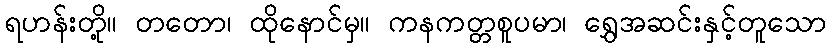
ရဟန်းတို့။ တတော၊ ထိုနောင်မှ။ ကနကတ္တစူပမာ၊ ရွှေအဆင်းနှင့်တူသော